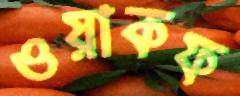
ওয়াকফ